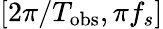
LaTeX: [2\pi/T_{\mathrm{obs}},\pi f_{s}]